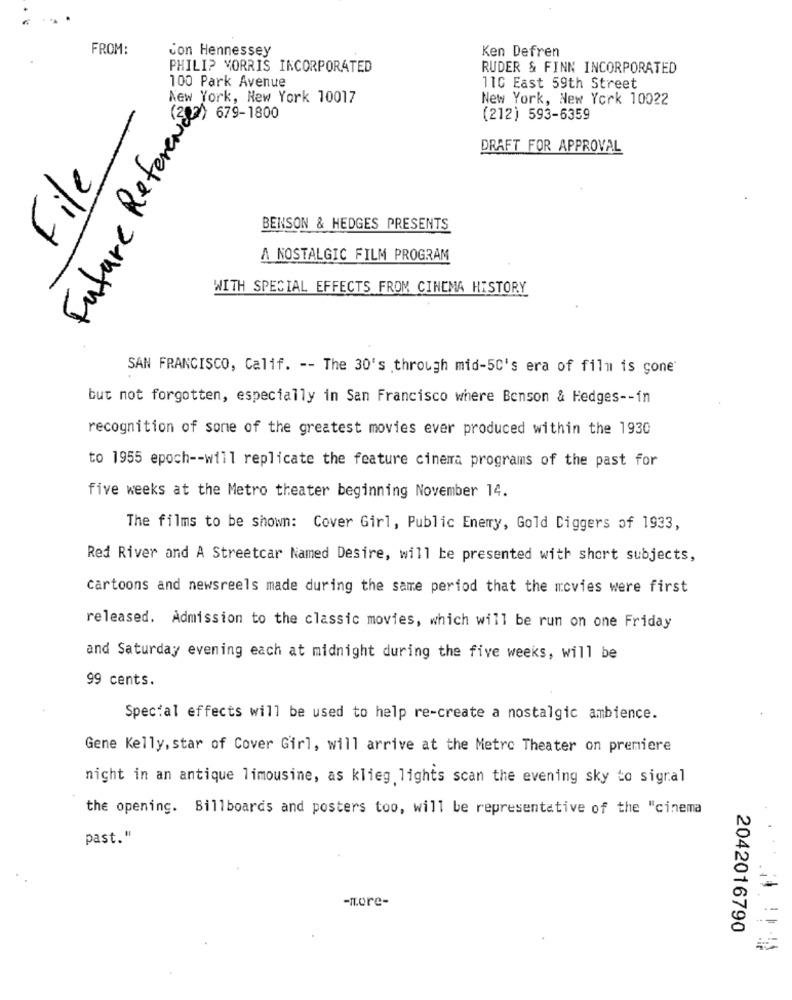
FROM:
con Hennessey
Ken Defren
PHILIP MORRIS INCORPORATED
RUDER & FINN INCORPORATED
100 Park Avenue
110 East 59th Street
Future Reference
New York, New York 10017
New York, New York 10022
(202) 679-1800
(212) 593-6359
DRAFT FOR APPROVAL
File
BENSON & HEDGES PRESENTS
A NOSTALGIC FILM PROGRAM
WITH SPECIAL EFFECTS FROM CINEMA HISTORY
SAN FRANCISCO, Calif. -- The 30's through mid-50's era of film is gone"
but not forgotten, especially in San Francisco where Benson & Hedges -- in
recognition of sone of the greatest movies ever produced within the 1930
to 1955 epoch -- will replicate the feature cinema programs of the past for
five weeks at the Metro theater beginning November 14.
The films to be shown: Cover Girl, Public Enemy, Gold Diggers of 1933,
Red River and A Streetcar Named Desire, will be presented with short subjects,
Cartoons and newsreels made during the same period that the movies were first
released. Admission to the classic movies, which will be run on one Friday
and Saturday evening each at midnight during the five weeks, will be
99 cents.
Special effects will be used to help re-create a nostalgic ambience.
Gene Kelly, star of Cover Girl, will arrive at the Metro Theater on premiere
night in an antique limousine, as klieg lights scan the evening sky to signal
the opening. Billboards and posters too, will be representative of the "cinema
past."
-more-
2042016790